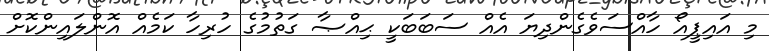
މި އައިޕީއޯ ހާއްސަވެގެންދިޔަ އެއް ސަބަބަކީ ޙިއްޞާ ގަތުމުގެ ހުރިހާ ކަމެއް އޮންލައިންކޮށް